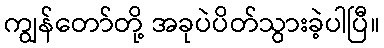
ကျွန်တော်တို့ အခုပဲပိတ်သွားခဲ့ပါပြီ။